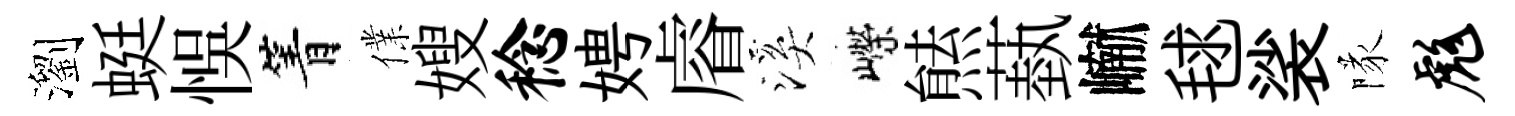
瀏蜓悞箐㒒嫂稔娉𥈠溪嶸㷱蓺𪩘毬裟隊彪